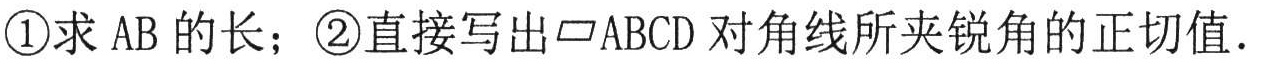
\textcircled{1}求 \(AB\) 的长；\textcircled{2}直接写出 \(\square ABCD\) 对角线所夹锐角的正切值．